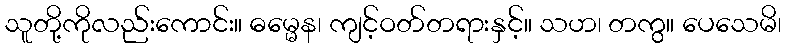
သူတို့ကိုလည်းကောင်း။ ဓမ္မေန၊ ကျင့်ဝတ်တရားနှင့်။ သဟ၊ တကွ။ ပေသေမိ၊